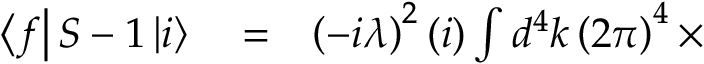
\begin{array} { r l r } { \left\langle f \right\vert S - 1 \left\vert i \right\rangle } & { { } = } & { \left( - i \lambda \right) ^ { 2 } ( i ) \int d ^ { 4 } k \left( 2 \pi \right) ^ { 4 } \times } \end{array}